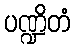
ပဏ္ဍိတံ